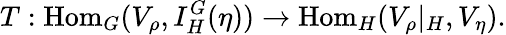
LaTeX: T:{\mathrm{Hom}}_{G}(V_{\rho},I_{H}^{G}(\eta))\to{\mathrm{Hom}}_{H}(V_{\rho}|_{H},V_{\eta}).